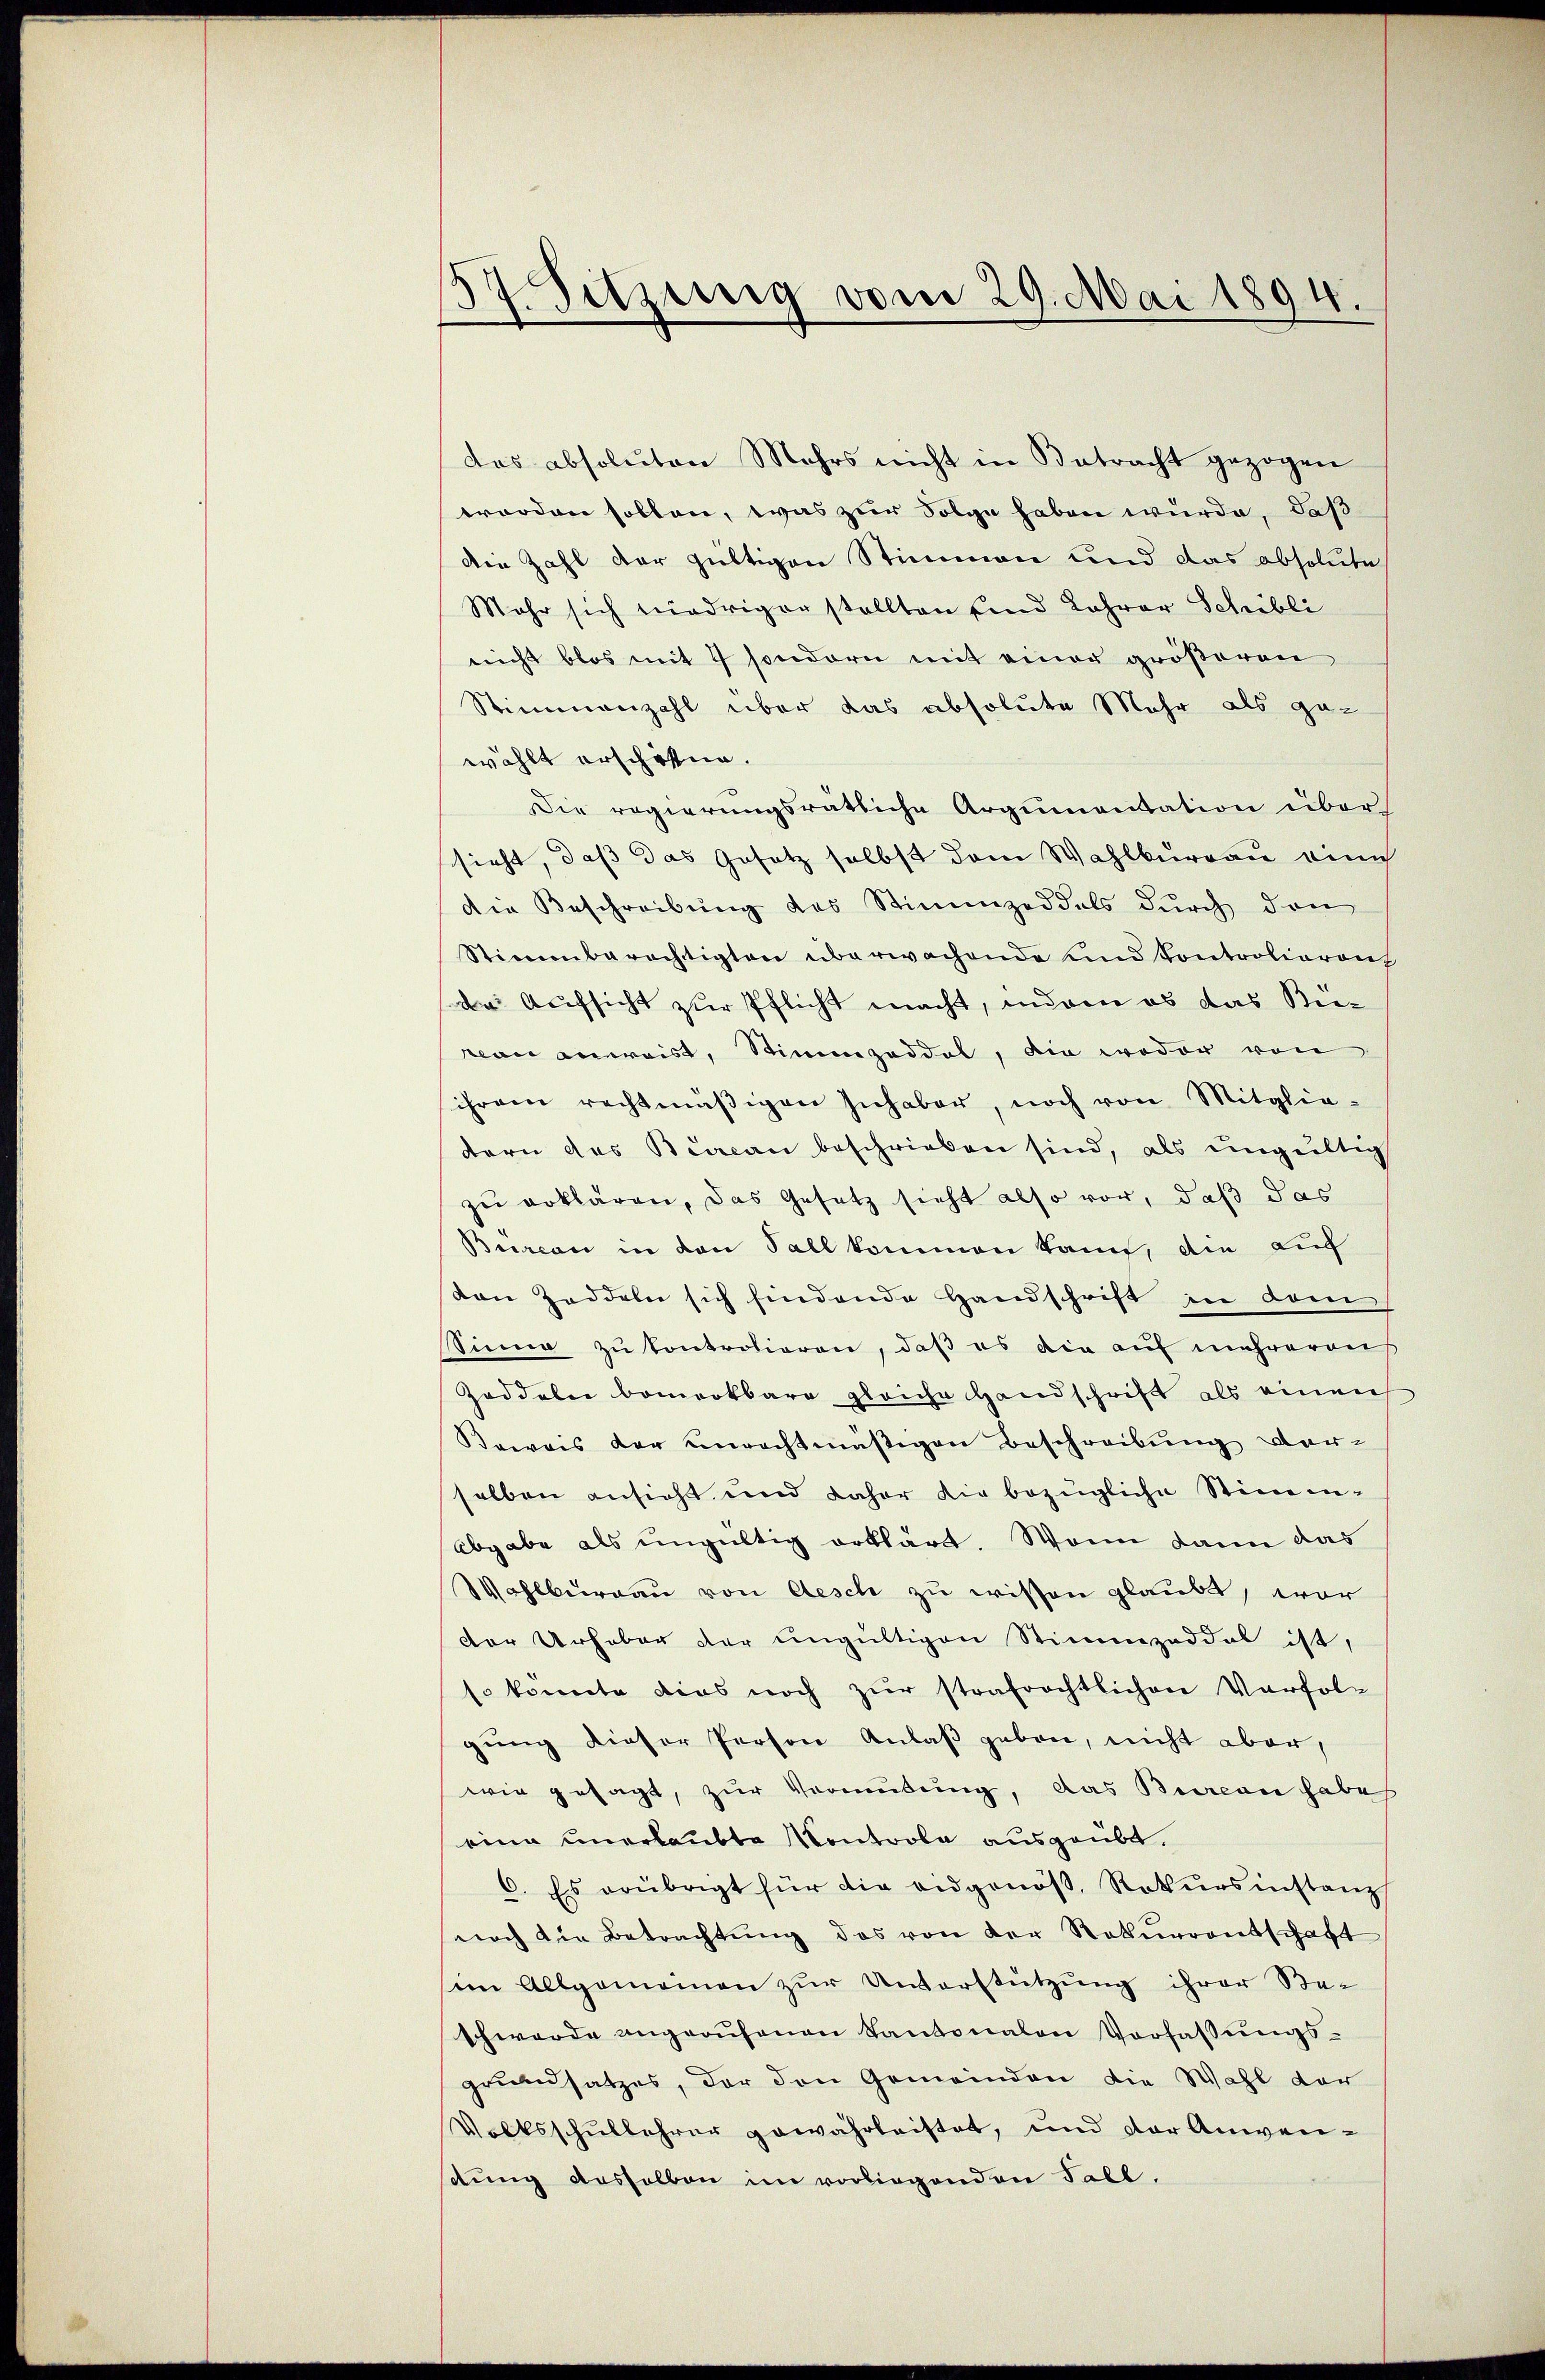
.
.Sitzung vom 29. Mai 1894.

das absoluten Mehrs nicht in Betracht gezogen
worden sollen, was zur Folge haben würde, daß
die Zahl der gültigen Stimmen und das absolute
Mehr sich niedriger stellten sind Jahrer Schöbli
nicht blos mit 7 sondern mit einer größeren
Stimmenzahl über das absolute Mehr als gewählt erschäftig.
Die regierungsrätliche Argumentation über
sieht, daß das Gesetz selbst dem Wahlburgau eine
die Beschreibung des Stimmzeddels durch den
Stimmberechtigten überwachende und Controliorenz
Da Aufsicht zur Pflicht macht, inderen es das Bevan anreist, Stimmzeddel, die weder von
ihrem rechtmäβigen Inhaber, noch von Mitglie-
dern des Bureau beschrieben sind, als ungültig
zu erklären, das Gesetz sieht also vor, daß das
Bureau in den Fall kommen kann, die auf
ton Zeddeln sich findende Handschrift in dem
Sinne zu kontrolieren, daß es die auf mehreren
Gaddeler bemerkbare gleiche Handschrift als einen
Beweis der unrechtmäßigen Beschreibung ver-
selben ansieht und daher die bezügliche Stimm¬
Abgabe als ungültig erklärt. Wenn dann das
Wahlburgau von Aesch zu wissen glaubt, wor
der Urhaber der ungültigen Stimmzeddel ist,
so konnte dies noch zur strafrechtlichen Verfolgung dieser Person Anlaß geben, nicht aber,
wir gesagt, zur Vermutung, das Burean habe
eine unerlaubte Kontrole ausgeübt.
6. Es erübrigt für die eidgenöβ. Rekŭrsinstanz
noch die Betrachtŭng des von der Rekurrentschaft
sim Allgemeinen zur Unterstützung ihrer Beschwerde angeaŭfenen Kantonalen Verfassŭngs-
grundsatzes, der den Gemeinden die Wahl der
Volksschullehrer gewährleistet, und der Anwensttung deshalben im vorliegenden Fall.